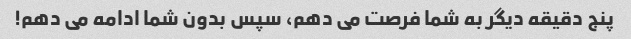
پنج دقیقه دیگر به شما فرصت می دهم، سپس بدون شما ادامه می دهم!